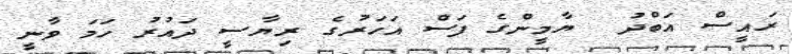
ރައީސް އަބްދު  ޔާމީންގެ ފަސް އަހަރުގެ ރިޔާސީ ދައުރު ހަމަ ވާނީ